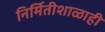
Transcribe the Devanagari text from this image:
निर्मितीशाळाही